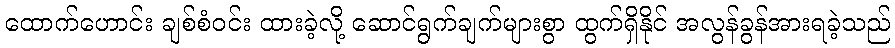
ထောက်ဟောင်း ချစ်စံဝင်း ထားခဲ့လို့ ဆောင်ရွက်ချက်များစွာ ထွက်ရှိနိုင် အလွန်ခွန်အားရခဲ့သည်